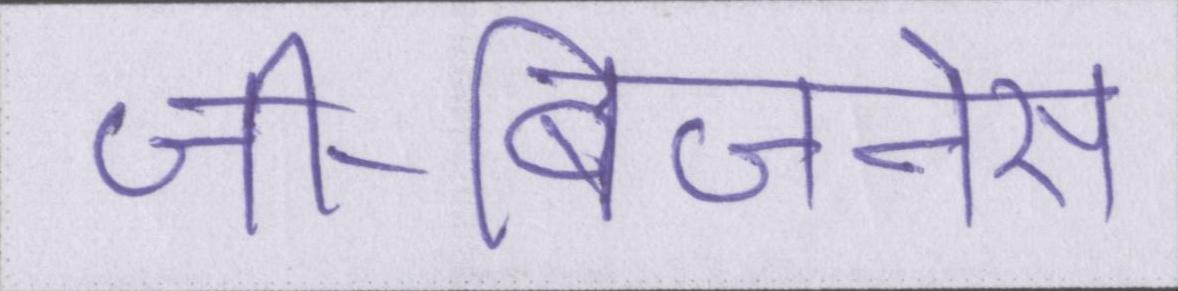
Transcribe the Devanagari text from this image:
जी-बिजनेस